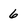
Character: 6